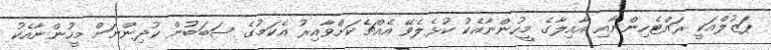
ޕަޒުލްއަކީ ރައްޓެހިންނާއި އާއިލާގެ މީހުންނާއެކު ކުޅެލެވޭ އެއްޗެކަށްވާއިރު އެކަމުގެ ސަބަބުން ކުދިންނަށް މީހުންނާއެކު